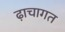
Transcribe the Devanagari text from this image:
ढ़ाचागत